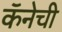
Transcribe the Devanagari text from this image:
कॅनेची